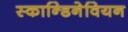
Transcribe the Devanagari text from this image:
स्कान्डिनेवियन